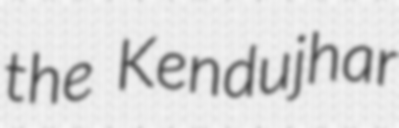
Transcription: the Kendujhar